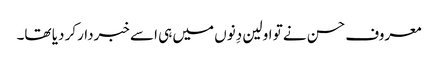
معروف حسن نے تو اولین دِنوں میں ہی اسے خبردارکر دیا تھا۔